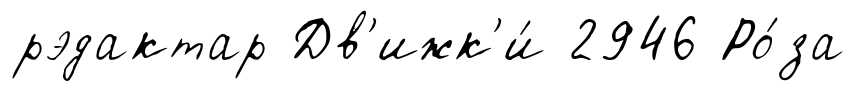
рэдактар Дв'ижк'и́ 2946 Ро́за